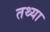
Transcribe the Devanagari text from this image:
तथ्या